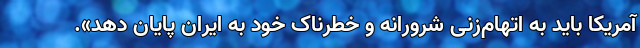
آمریکا باید به اتهام‌زنی شرورانه و خطرناک خود به ایران پایان دهد».